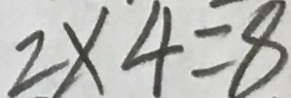
2 \times 4 = 8